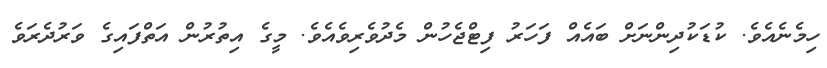
ހިމެނެއެވެ. ކުޑަކުދިންނަށް ބައެއް ފަހަރު ފިޓްޖެހުން މެދުވެރިވެއެވެ. މީގެ އިތުރުން އަތްފައިގެ ވަރުދެރަވެ